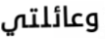
وعائلتي